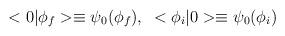
LaTeX: \begin{align*}<0|\phi_f> \equiv \psi_0(\phi_f),\;\; <\phi_i|0> \equiv \psi_0(\phi_i)\end{align*}